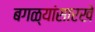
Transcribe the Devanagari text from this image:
बगळ्यांसारखे